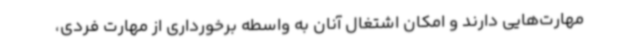
مهارت‌هایی دارند و امکان اشتغال آنان به واسطه برخورداری از مهارت فردی،